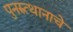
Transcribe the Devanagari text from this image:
पुनरुत्थानाचे